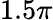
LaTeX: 1.5\pi